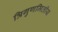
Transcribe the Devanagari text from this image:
त्रिगुणमितीय